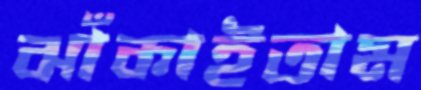
ঝাঁকাইতাম